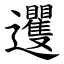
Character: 䢲